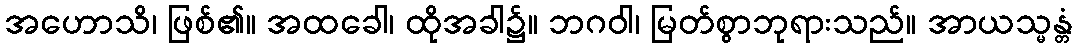
အဟောသိ၊ ဖြစ်၏။ အထခေါ၊ ထိုအခါ၌။ ဘဂဝါ၊ မြတ်စွာဘုရားသည်။ အာယသ္မန္တံ